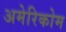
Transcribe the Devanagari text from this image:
अमेरिकोम